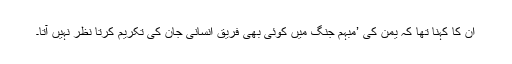
ان کا کہنا تھا کہ یمن کی ’مبہم جنگ میں کوئی بھی فریق انسانی جان کی تکریم کرتا نظر نہیں آتا۔